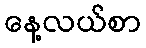
နေ့လယ်စာ